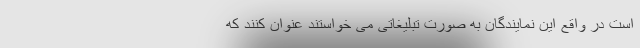
است در واقع این نمایندگان به صورت تبلیغاتی می خواستند عنوان کنند که